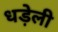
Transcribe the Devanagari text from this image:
धड़ेली